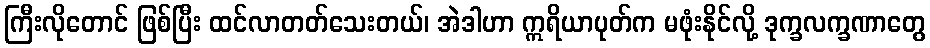
ကြီးလိုတောင် ဖြစ်ပြီး ထင်လာတတ်သေးတယ်၊ အဲဒါဟာ ဣရိယာပုတ်က မဖုံးနိုင်လို့ ဒုက္ခလက္ခဏာတွေ